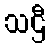
သဌီ